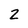
Character: 2